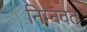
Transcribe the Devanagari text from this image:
निम्‍नवत